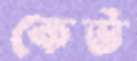
কেউ